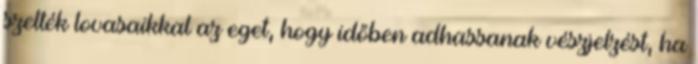
szelték lovasaikkal az eget, hogy időben adhassanak vészjelzést, ha